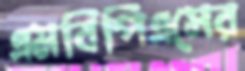
এমবিপিএসের